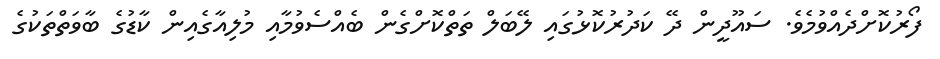
ފޯރުކޮށްދެއްވުމެވެ. ސައޫދީން ދޭ ކަދުރުކޮޅުގައި ލޭބަލް ތަތްކޮށްގެން ބެއްސެވުމާއި މުލިއާގެއިން ކާޑުގެ ބާވަތްތަކުގެ